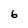
Character: 6